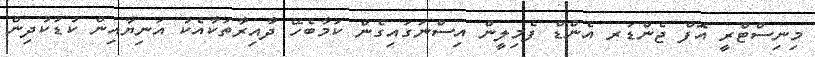
މިނިސްޓްރީ އޮފް ޖެންޑަރ އެންޑް ފެމިލީން އިސްނަގައިގެން ކަމާބެހޭ ދާއިރާތަކާއެކު އަނިޔާއިން ކުޑަކުދިން